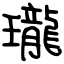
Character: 瓏